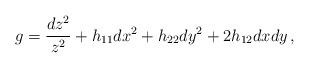
LaTeX: \begin{align*}g=\frac{dz^2}{z^2}+h_{11}dx^2+h_{22}dy^2+2h_{12}dxdy\,,\end{align*}